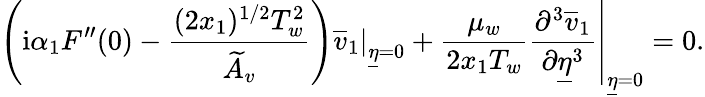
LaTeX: \left(\mathrm{i}\alpha_{1}F^{\prime\prime}(0)-\frac{(2x_{1})^{1/2}T_{w}^{2}}{\widetilde{A}_{v}}\right)\left.\overline{{v}}_{1}\right\vert_{\underline{{\eta}}=0}+\frac{\mu_{w}}{2x_{1}T_{w}}\left.\frac{\partial^{3}\overline{{v}}_{1}}{\partial\underline{{\eta}}^{3}}\right\vert_{\underline{{\eta}}=0}=0.